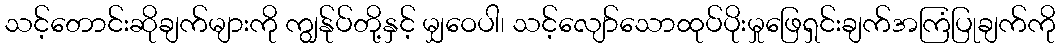
သင့်တောင်းဆိုချက်များကို ကျွန်ုပ်တို့နှင့် မျှဝေပါ၊ သင့်လျော်သောထုပ်ပိုးမှုဖြေရှင်းချက်အကြံပြုချက်ကို